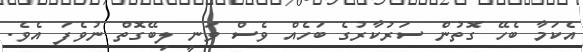
އެކަމާ ބެހޭ ގޮތުން ސަރުކާރުގެ ބަހެއް ވެސް ވަނީ ލިބޭގޮތް ނުވެފަ އެވެ.